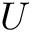
U